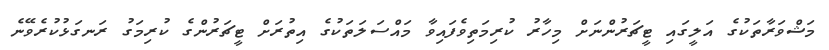
މަޝްވަރާތަކުގެ އަލީގައި ޓީޗަރުންނަށް މިހާރު ކުރިމަތިވެފައިވާ މައްސަލަތަކުގެ އިތުރަށް ޓީޗަރުންގެ ކުރިމަގު ރަނގަޅުކުރެވޭނެ